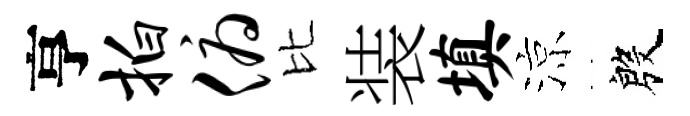
亨拍俯比装填涼殷